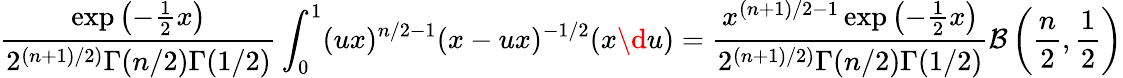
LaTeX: \frac{\exp\left(-\frac{1}{2}x\right)}{2^{(n+1)/2)}\Gamma(n/2)\Gamma(1/2)}\int_{0}^{1}(ux)^{n/2-1}(x-ux)^{-1/2}(x\d u)=\frac{x^{(n+1)/2-1}\exp\left(-\frac{1}{2}x\right)}{2^{(n+1)/2)}\Gamma(n/2)\Gamma(1/2)}\mathcal{B}\left(\frac{n}{2},\frac{1}{2}\right)